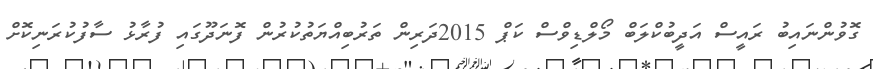
ގޮވުންނައިބު ރައީސް އަދީބުކްލަބް މޯލްޑިވްސް ކަޕް 2015ދަރިން ތަރުބިއްޔަތުކުރުން ފޮނަދޫގައި ފުރާޅު ސާފުކުރަނިކޮށް